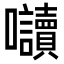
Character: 𭍏